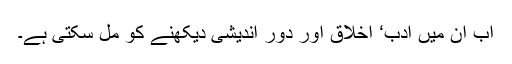
اب ان میں ادب‘ اخلاق اور دور اندیشی دیکھنے کو مل سکتی ہے۔